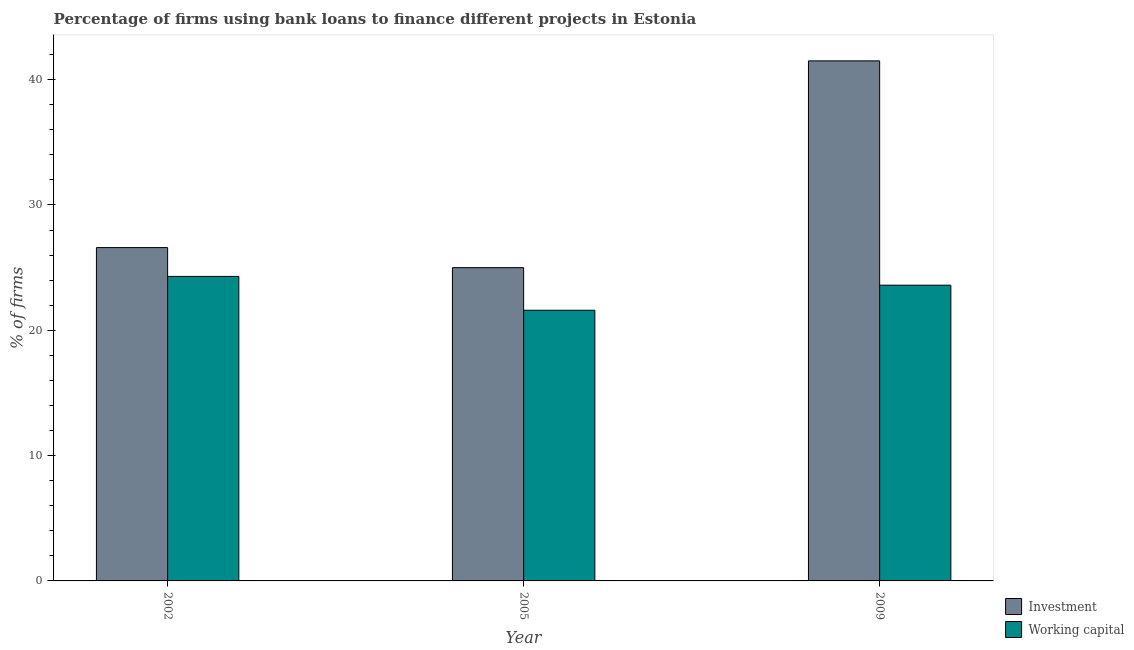
| Year | Investment | Working capital |
 | --- | --- | --- |
 | 2002 | 26.6 | 24.3 |
 | 2005 | 25 | 21.6 |
 | 2009 | 41.5 | 23.6 |